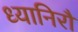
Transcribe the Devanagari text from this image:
ध्यानिरौ